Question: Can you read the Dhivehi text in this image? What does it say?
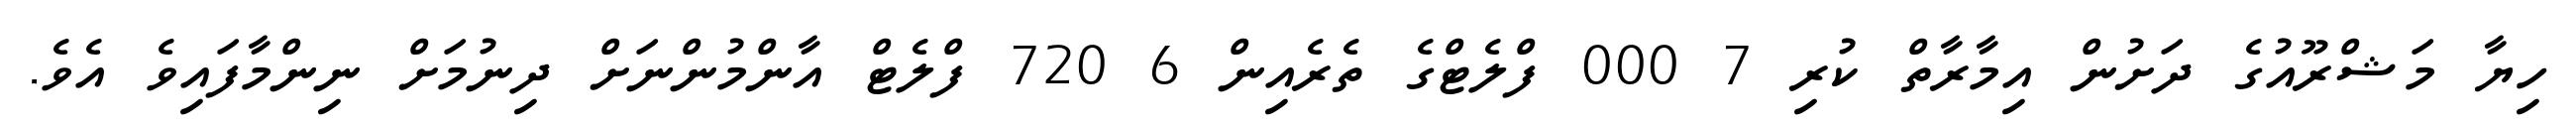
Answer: ހިޔާ މަޝްރޫއުގެ ދަށުން އިމާރާތް ކުރި 7 000 ފްލެޓްގެ ތެރެއިން 6 720 ފްލެޓް އާންމުންނަށް ދިނުމަށް ނިންމާފައިވެ އެވެ.